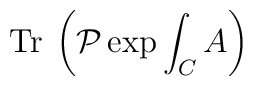
{\mathrm{Tr}}\:\left( \mathcal{P}\exp{\int_C A}\right)